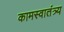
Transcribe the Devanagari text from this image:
कामस्वातंत्र्य